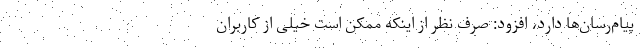
پیام‌رسان‌ها دارد، افزود: صرف نظر از اینکه ممکن است خیلی از کاربران